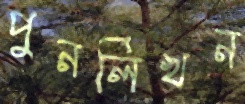
পুনর্লিখন